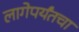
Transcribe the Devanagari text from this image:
लागेपर्यंतचा